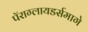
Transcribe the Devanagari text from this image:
पॅराग्लायडर्समागे